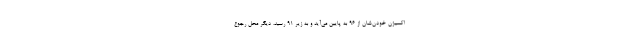
اکسیژن خودن‌شان از ۹۶ به پایین می‌آید و به زیر ۹۱ رسید، دیگر محل رجوع